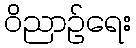
ဝိညာဉ်ရေး